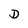
Character: D